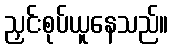
ညှင်းစုပ်ယူနေသည်။